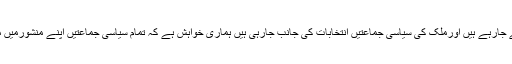
پاکستان میں انتخابات ہونے جارہے ہیں اورملک کی سیاسی جماعتیں انتخابات کی جانب جارہی ہیں ہماری خواہش ہے کہ تمام سیاسی جماعتیں اپنے منشورمیں مسئلہ کشمیرکوشامل کریں۔